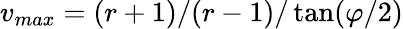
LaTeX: v_{max}=(r+1)/(r-1)/\tan(\varphi/2)